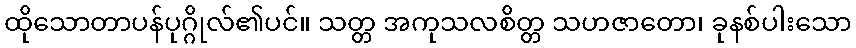
ထိုသောတာပန်ပုဂ္ဂိုလ်၏ပင်။ သတ္တ အကုသလစိတ္တ သဟဇာတော၊ ခုနစ်ပါးသော